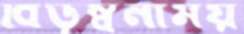
বিড়ম্বনাময়